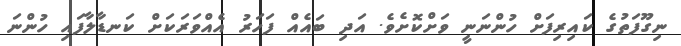
ނިގޫފަތުގެ ކައިރިފަށް ހުންނަނީ ވަށްކޮށެވެ. އަދި ބައެއް ފަހަރު އެއްވަރަކަށް ކަނޑާލާފައި ހުންނަ